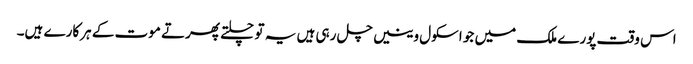
اس وقت پورے ملک میں جو اسکول وینیں چل رہی ہیں یہ تو چلتے پھرتے موت کے ہرکارے ہیں۔